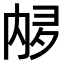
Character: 𫤩